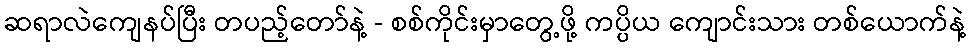
ဆရာလဲကျေနပ်ပြီး တပည့်တော်နဲ့ - စစ်ကိုင်းမှာတွေ့ဖို့ ကပ္ပိယ ကျောင်းသား တစ်ယောက်နဲ့